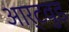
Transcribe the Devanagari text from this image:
आर्टवुड